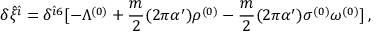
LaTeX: \delta { \hat { \xi } } ^ { { \hat { \imath } } } = \delta ^ { { \hat { \imath } } 6 } [ - \Lambda ^ { ( 0 ) } + \frac { m } { 2 } ( 2 \pi \alpha ^ { \prime } ) { \rho } ^ { ( 0 ) } - \frac { m } { 2 } ( 2 \pi \alpha ^ { \prime } ) \sigma ^ { ( 0 ) } \omega ^ { ( 0 ) } ] \, ,